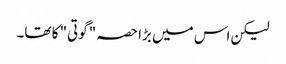
لیکن اس میں بڑا حصہ "گوتی" کا تھا۔